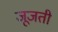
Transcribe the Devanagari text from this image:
जूजती